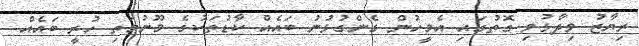
ރިޔާޒު ވިދާޅުވި ގޮތުގައި އެމީހުން ގެންގުޅުނު ބައެއް ކާޑުތަކުގެ މޫނުމަތި ހުރީ ބައެއް